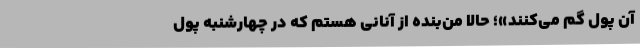
آن پول گم می‌کنند»؛ حالا من‌بنده از آنانی هستم که در چهارشنبه پول